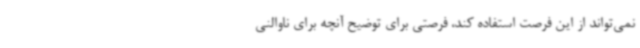
نمی‌تواند از این فرصت استفاده کند، فرصتی برای توضیح آنچه برای ناوالنی